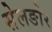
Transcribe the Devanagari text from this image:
सेलङोर